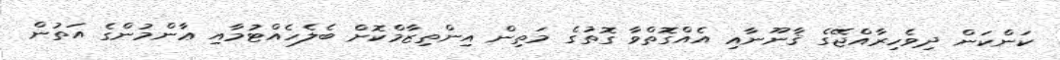
ކަންކަން ދިވެހިރާއްޖޭގެ ޤާނޫނާއި އެއްގޮތްވާ ގޮތުގެ މަތިން އިންތިޒާމްކޮށް ބެލެހެއްޓުމާއި ޢާންމުންގެ އަތުން